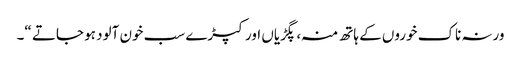
ورنہ ناک خوروں کے ہاتھ منہ ، پگڑیاں اور کپڑے سب خون آلود ہو جاتے “۔